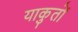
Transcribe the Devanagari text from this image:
याकुतों